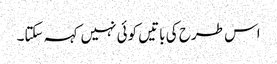
اس طرح کی باتیں کوئی نہیں کہہ سکتا۔